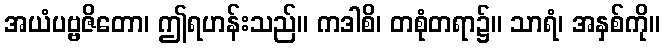
အယံပဗ္ဗဇိတော၊ ဤရဟန်းသည်။ ကဒါစိ၊ တစုံတရာ၌။ သာရံ၊ အနှစ်ကို။